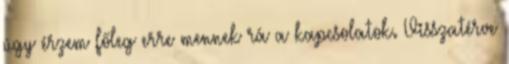
úgy érzem főleg erre mennek rá a kapcsolatok. Visszatérve